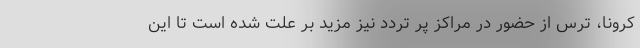
کرونا، ترس از حضور در مراکز پر تردد نیز مزید بر علت شده است تا این